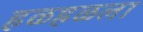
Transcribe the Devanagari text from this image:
हळहळला